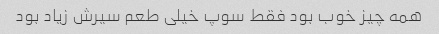
همه چیز خوب بود فقط سوپ خیلی طعم سیرش زیاد بود